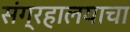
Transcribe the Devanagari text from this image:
संग्रहालयाचा